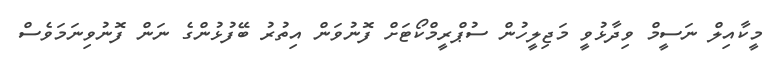
މީކާއިލް ނަސީމް ވިދާޅުވީ މަޖިލީހުން ސުޕްރީމްކޯޓަށް ފޮނުވަން އިތުރު ބޭފުޅުންގެ ނަން ފޮނުވިނަމަވެސް